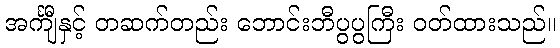
အင်္ကျီနှင့် တဆက်တည်း ဘောင်းဘီပွပွကြီး ဝတ်ထားသည်။